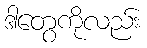
ဒါတွေကိုလည်း